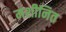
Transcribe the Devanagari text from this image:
मशीनित